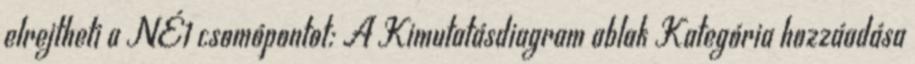
elrejtheti a NÉ1 csomópontot: A Kimutatásdiagram ablak Kategória hozzáadása